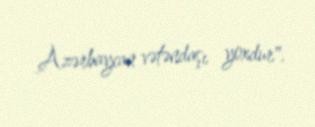
Azərbaycan vətəndaşı yoxdur".